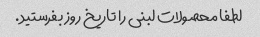
لطفا محصولات لبنی را تاریخ روز بفرستید.